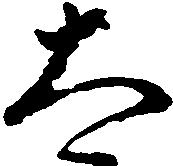
太